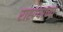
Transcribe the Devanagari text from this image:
राह्ण्याच्या